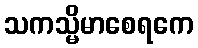
သကသ္မိမာစေရကေ